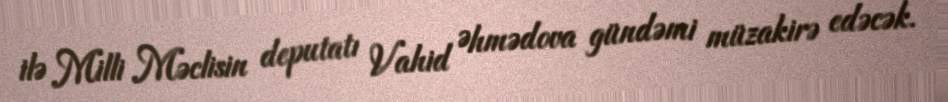
ilə Milli Məclisin deputatı Vahid Əhmədova gündəmi müzakirə edəcək.